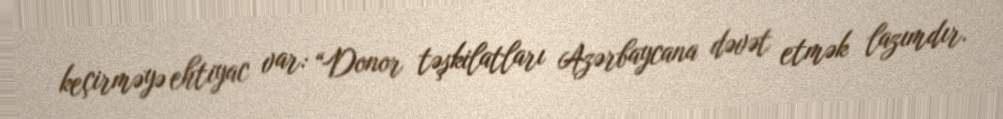
keçirməyə ehtiyac var: “Donor təşkilatları Azərbaycana dəvət etmək lazımdır.